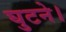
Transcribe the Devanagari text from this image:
घुटने।